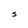
Character: S